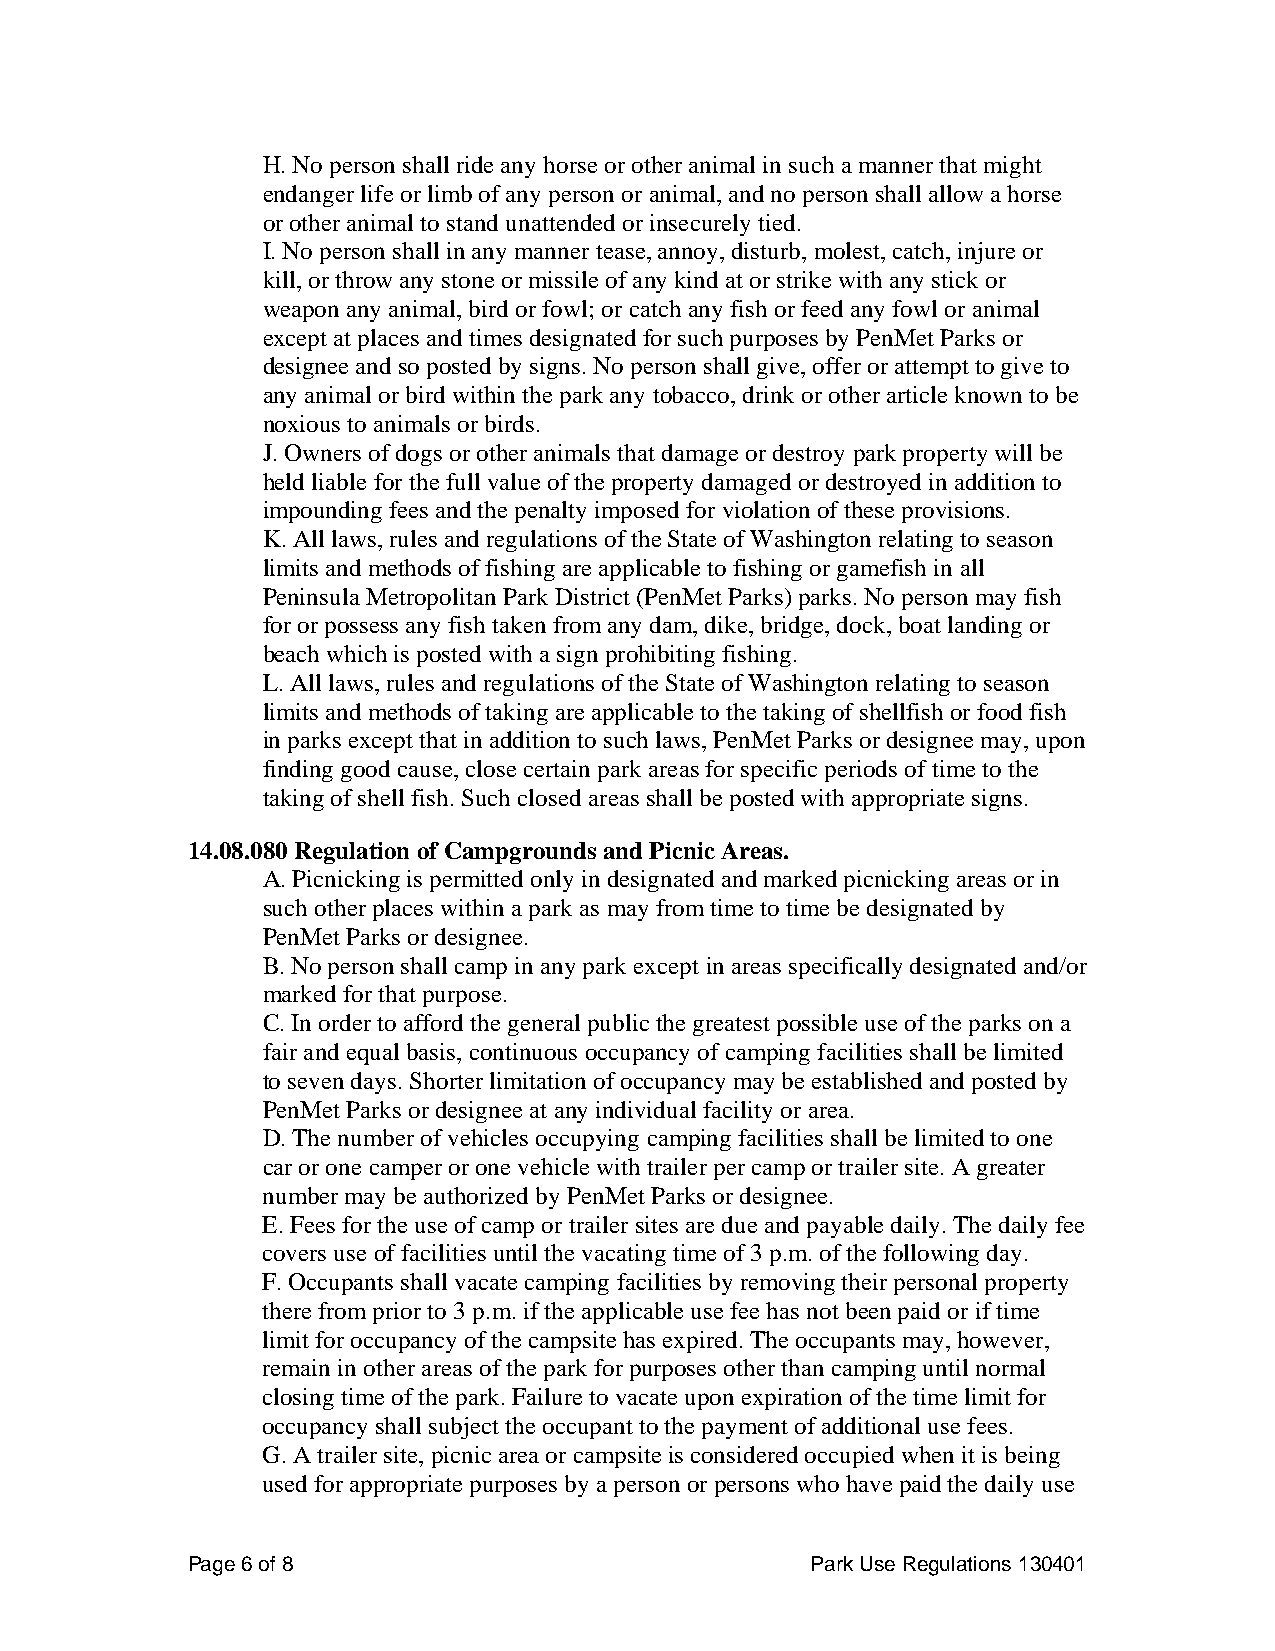
H. No person shall ride any horse or other animal in such a manner that might
 endanger life or limb of any person or animal, and no person shall allow a horse
 or other animal to stand unattended or insecurely tied.
 I. No person shall in any manner tease, annoy, disturb, molest, catch, injure or
 kill, or throw any stone or missile of any kind at or strike with any stick or
 weapon any animal, bird or fowl; or catch any fish or feed any fowl or animal
 except at places and times designated for such purposes by PenMet Parks or
 designee and so posted by signs. No person shall give, offer or attempt to give to
 any animal or bird within the park any tobacco, drink or other article known to be
 noxious to animals or birds.
 J. Owners of dogs or other animals that damage or destroy park property will be
 held liable for the full value of the property damaged or destroyed in addition to
 impounding fees and the penalty imposed for violation of these provisions.
 K. All laws, rules and regulations of the State of Washington relating to season
 limits and methods of fishing are applicable to fishing or gamefish in all
 Peninsula Metropolitan Park District (PenMet Parks) parks. No person may fish
 for or possess any fish taken from any dam, dike, bridge, dock, boat landing or
 beach which is posted with a sign prohibiting fishing.
 L. All laws, rules and regulations of the State of Washington relating to season
 limits and methods of taking are applicable to the taking of shellfish or food fish
 in parks except that in addition to such laws, PenMet Parks or designee may, upon
 finding good cause, close certain park areas for specific periods of time to the
 taking of shell fish. Such closed areas shall be posted with appropriate signs.
 14.08.080 Regulation of Campgrounds and Picnic Areas.
 A. Picnicking is permitted only in designated and marked picnicking areas or in
 such other places within a park as may from time to time be designated by
 PenMet Parks or designee.
 B. No person shall camp in any park except in areas specifically designated and/or
 marked for that purpose.
 C. In order to afford the general public the greatest possible use of the parks on a
 fair and equal basis, continuous occupancy of camping facilities shall be limited
 to seven days. Shorter limitation of occupancy may be established and posted by
 PenMet Parks or designee at any individual facility or area.
 D. The number of vehicles occupying camping facilities shall be limited to one
 car or one camper or one vehicle with trailer per camp or trailer site. A greater
 number may be authorized by PenMet Parks or designee.
 E. Fees for the use of camp or trailer sites are due and payable daily. The daily fee
 covers use of facilities until the vacating time of 3 p.m. of the following day.
 F. Occupants shall vacate camping facilities by removing their personal property
 there from prior to 3 p.m. if the applicable use fee has not been paid or if time
 limit for occupancy of the campsite has expired. The occupants may, however,
 remain in other areas of the park for purposes other than camping until normal
 closing time of the park. Failure to vacate upon expiration of the time limit for
 occupancy shall subject the occupant to the payment of additional use fees.
 G. A trailer site, picnic area or campsite is considered occupied when it is being
 used for appropriate purposes by a person or persons who have paid the daily use
 Page 6 of 8                               Park Use Regulations 130401